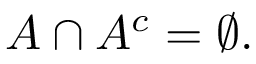
A \cap A ^ { c } = \varnothing .